Civil Veterinary Department. Madras. Admin. report 1910-25 - 1910-1925
Year: 1910
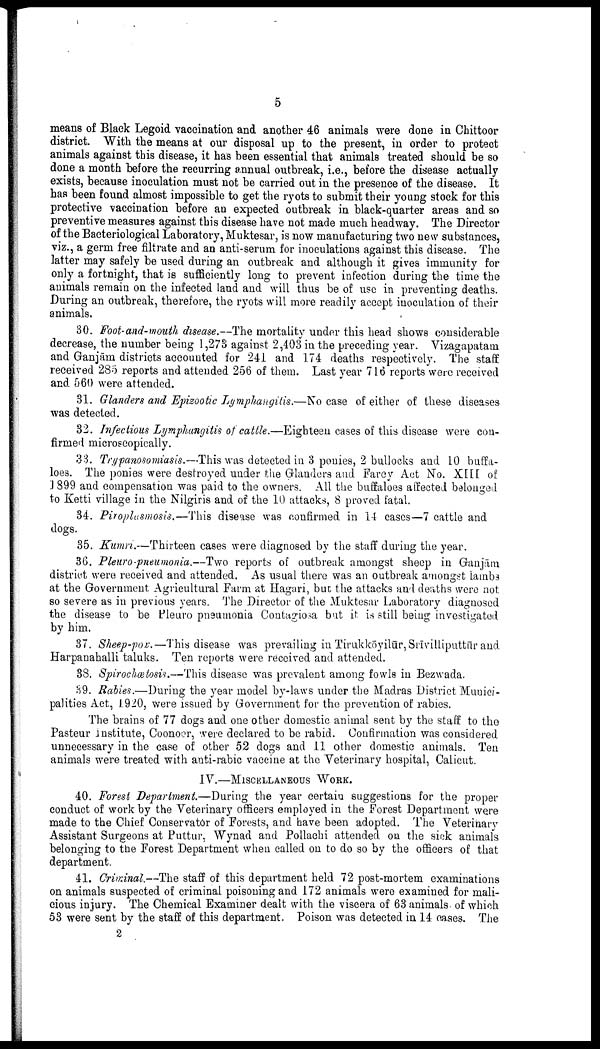
5
means of Black Legoid vaccination and another 46 animals were done in Chittoor
district. With the means at our disposal up to the present, in order to protect
animals against this disease, it has been essential that animals treated should be so
done a month before the recurring annual outbreak, i.e., before the disease actually
exists, because inoculation must not be carried out in the presence of the disease. It
has been found almost impossible to get the ryots to submit their young stock for this
protective vaccination before an expected outbreak in black-quarter areas and so
preventive measures against this disease have not made much headway. The Director
of the Bacteriological Laboratory, Muktesar, is now manufacturing two new substances,
viz., a germ free filtrate and an anti-serum for inoculations against this disease. The
latter may safely be used during an outbreak and although it gives immunity for
only a fortnight, that is sufficiently long to prevent infection during the time the
animals remain on the infected land and will thus be of use in preventing deaths.
During an outbreak, therefore, the ryots will more readily accept inoculation of their
animals,
30. Foot-and-mouth disease.--The mortality under this head shows considerable
decrease, the number being 1,278 against 2,403 in the preceding year. Vizagapatam
and Ganjām districts accounted for 241 and 174 deaths respectively. The staff
received 285 reports and attended 256 of them. Last year 716 reports were received
and 560 were attended.
31. Glanders and Epizootic Lymphangitis.—No case of either of these diseases
was detected.
32. Infectious Lymphangitis of cattle.—Eighteen cases of this disease were con
firmed microscopically.
33. Trypanosomiasis.—This was detected in 3 ponies, 2 bullocks and 10 buffa
loes. The ponies were destroyed under the Glanders and Farcy Act No. XIII of
J 899 and compensation was paid to the owners. All the buffaloes affected belonged
to Ketti village in the Nilgiris and of the 10 attacks, 8 proved fatal.
34. Piroplusmosis.—This disease was confirmed in 14 cases—7 cattle and
dogs.
35. Kumn.—Thirteen cases were diagnosed by the staff during the year.
36. Pleuro-pneumonia.--Two reports of outbreak amongst sheep in Ganjām
district were received and attended. As usual there was an outbreak amongst lambs
at the Government Agricultural Farm at Hagari, but the attacks and deaths were not
so severe as in previous years. The Director of the Muktesar Laboratory diagnosed
the disease to be Pleuro pneumonia Contagiosa but it is still being investigated
by him.
37. Sheep-pox.—This disease was prevailing in Tirukkōyilūr, Srīvilliputtūr and
Harpanahalli taluks. Ten reports were received and attended.
38. Spirochœtosis.--This disease was prevalent among fowls in Bezwada.
89. Rabies.—During the year model by-laws under the Madras District Munici-
palities Act, 1920, were issued by Government for the prevention of rabies.
The brains of 77 dogs and one other domestic animal sent by the staff to the
Pasteur institute, Coonoer, were declared to be rabid. Confirmation was considered
unnecessary in the case of other 52 dogs and 11 other domestic animals. Ten
animals were treated with anti-rabic vaccine at the Veterinary hospital, Calicut.
IV.—MISCELLANEOUS
WORK.
40. Forest Department.—During the year certain suggestions for the proper
conduct of work by the Veterinary officers employed in the Forest Department were
made to the Chief Conservator of Forests, and have been adopted. The Veterinary
Assistant Surgeons at Puttur, Wynad and Pollachi attended on the sick animals
belonging to the Forest Department when called on to do so by the officers of that
department.
41. Criminal.--The staff of this department held 72 post-mortem examinations
on animals suspected of criminal poisoning and 172 animals were examined for mali-
cious injury. The Chemical Examiner dealt with the viscera of 63 animals of which
53 were sent by the staff of this department. Poison was detected in 14 cases. The
2